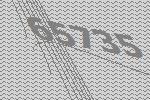
65735